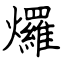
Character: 𤓓